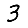
Digit: 3